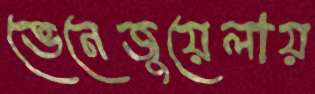
ভেনেজুয়েলায়